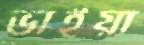
ভাইয়া